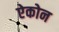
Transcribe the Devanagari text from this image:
ऐकोन